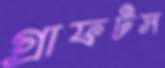
গ্রাফটস